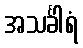
အသင်္ခါရံ